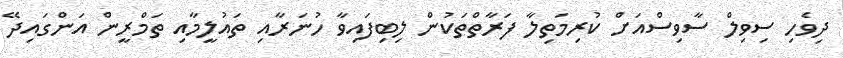
ދިވެހި ސިވިލް ސާވިސްއަށް ކުރިމަތިލާ ފަރާތްތަކުން ލިބިފައިވާ ހުނަރާއި ތައުލީމާއި ތަމްރީން އަންގައިދޭ